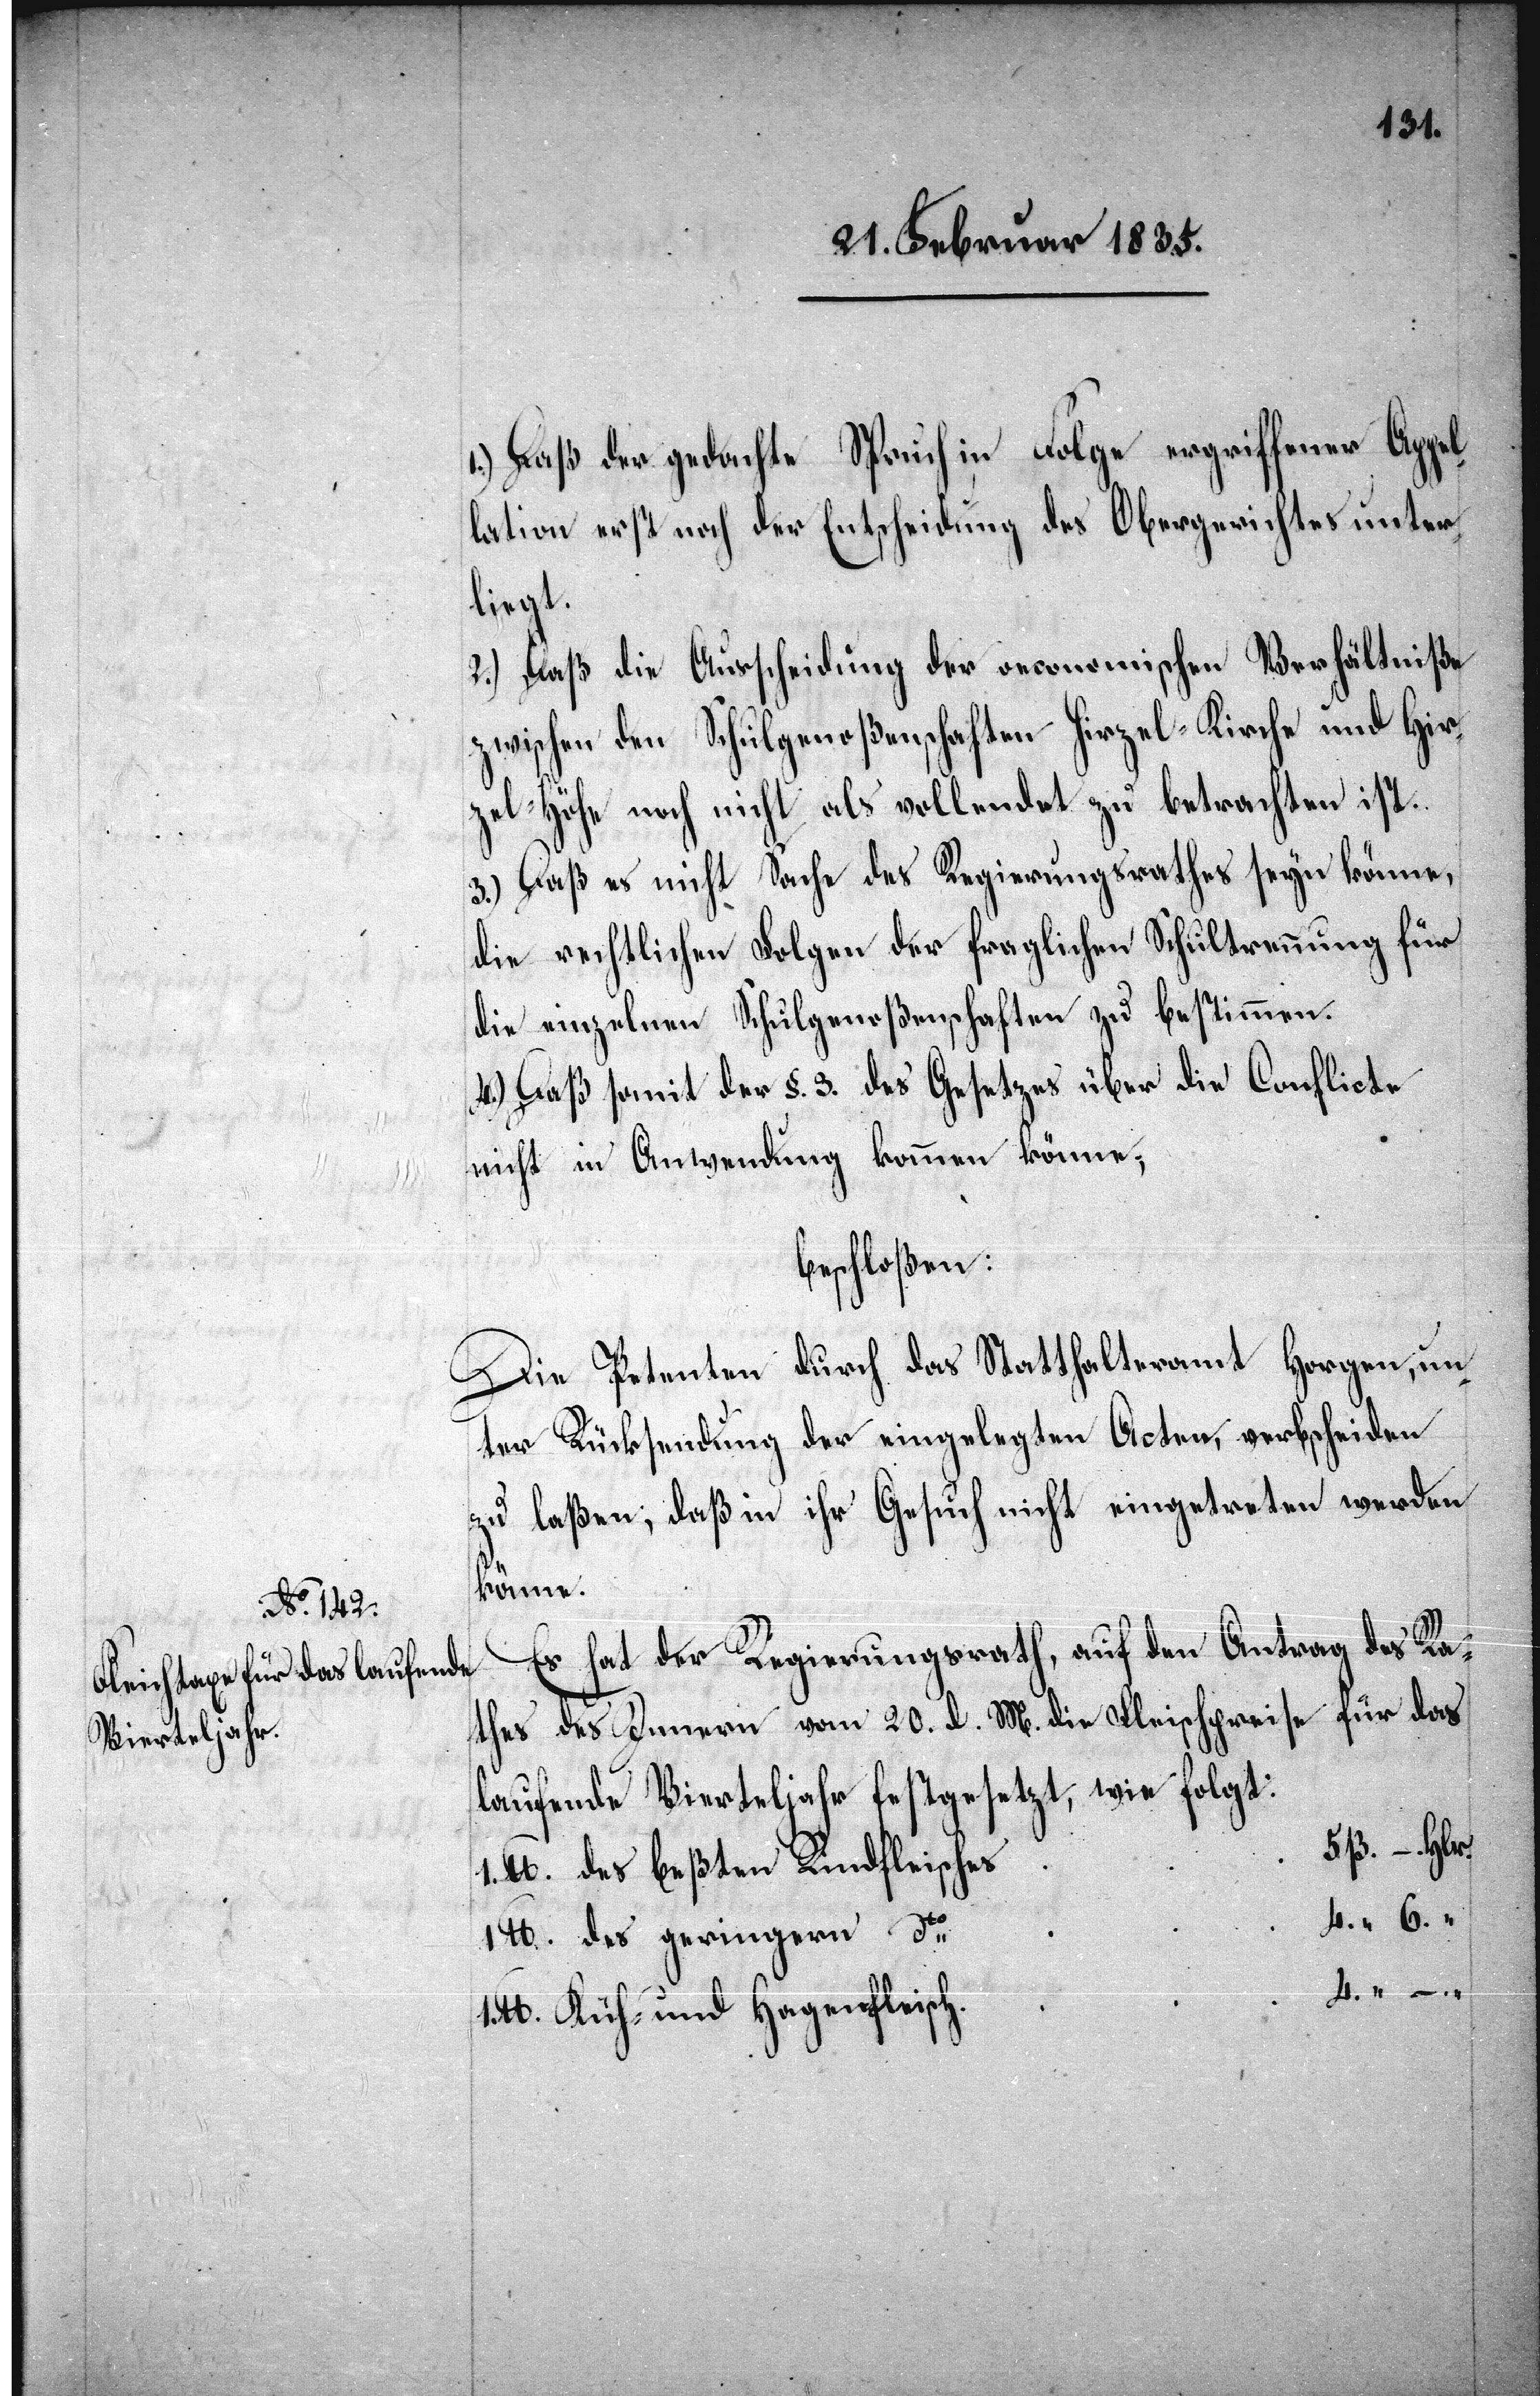
den 1/4.

1.) Daß der gedachte Spruch in Folge ergriffener Appel¬
lation erst noch der Entscheidung des Obergerichtes unter¬
lieg¬
2.) Daß die Ausscheidung der oeconomischen Verhältniße
zwischen den Schulgenoßenschaften Hirzel-Kirche und Hir¬
zel-Höhe noch nicht als vollendet zu betrachten ist.
3.) Daß es nicht Sache des Regierungsrathes seyn könne,
die rechtlichen Folgen der fraglichen Schultrennung für
die einzelnen Schulgenoßenschaften zu bestimmen.
4.) Daß somit der §. 3. des Gesetzes über die Conflicte
nicht in Anwendung kommen könne;
beschloßen:
Die Petenten durch das Statthalteramt Horgen, un¬
ter Rücksendung der eingelegten Acten, verbscheiden
zu laßen; daß in ihr Gesuch nicht eingetreten werden
könnte
Es hat der Regierungsrath, auf den Antrag des Ra¬
thes des Innern vom 20. d. M. die Fleischpreise für das
laufende Vierteljahr festgesetzt, wie folgt:
diesem Hause
d
1. Pfd. des beßten Rindfleisches
4. “ 6. “
1. Pfd. des geringern dto
4. “ –
Pfd. Kuh- und Hagenfleisch